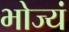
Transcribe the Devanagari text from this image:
भोज्यं